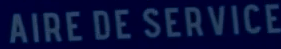
AIRE DE SERVICE